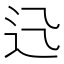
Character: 𨑐